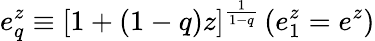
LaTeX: e_{q}^{z}\equiv[1+(1-q)z]^{\frac{1}{1-q}}\, (e_{1}^{z}=e^{z})